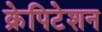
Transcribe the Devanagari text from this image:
क्रेपिटेशन